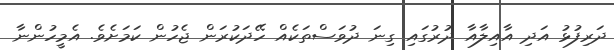
ދަރިފުޅު އަދި އާއިލާއާ ދުރުގައި ގިނަ ދުވަސްތަކެއް ހޭދަކުރަން ޖެހުން ކަމަށެވެ. އެމީހުންނާ